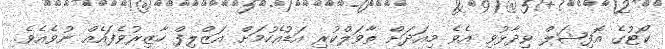
ކޯޓުގެ އޮފިޝަލް ވިދާޅުވި އެވެ މިއަދަށް ތާވަލްކުރި އަޑުއެހުމަށް އަޒްލިފް ހާޒިރުވެފައެއް ނުވެއެވެ.